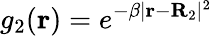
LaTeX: g_{2}(\mathbf r)=e^{-\beta|\mathbf r-\mathbf R_{2}|^{2}}